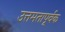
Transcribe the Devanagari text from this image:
उत्तमतापूर्वक